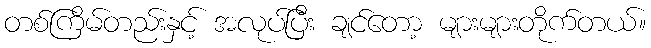
တစ်ကြိမ်တည်းနှင့် အလုပ်ပြီး ချင်တော့ များများတိုက်တယ်။